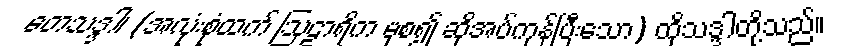
တေသဒ္ဒါ၊ (အလုံးစုံထက် ဩဠာရိက မှစ၍ ဆိုအပ်ကုန်ပြီးသော) ထိုသဒ္ဒါတို့သည်။